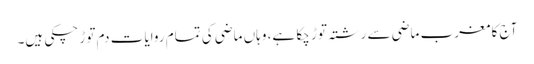
آج کا مغرب ماضی سے رشتہ توڑ چکا ہے، وہاں ماضی کی تمام روایات دم توڑ چکی ہیں۔